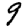
Digit: 9